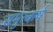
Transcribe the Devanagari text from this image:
समुत्कर्ष